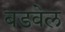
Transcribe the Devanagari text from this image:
बडवेल